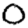
Digit: 0